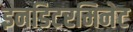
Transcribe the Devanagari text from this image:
इनडिटरमिनेट